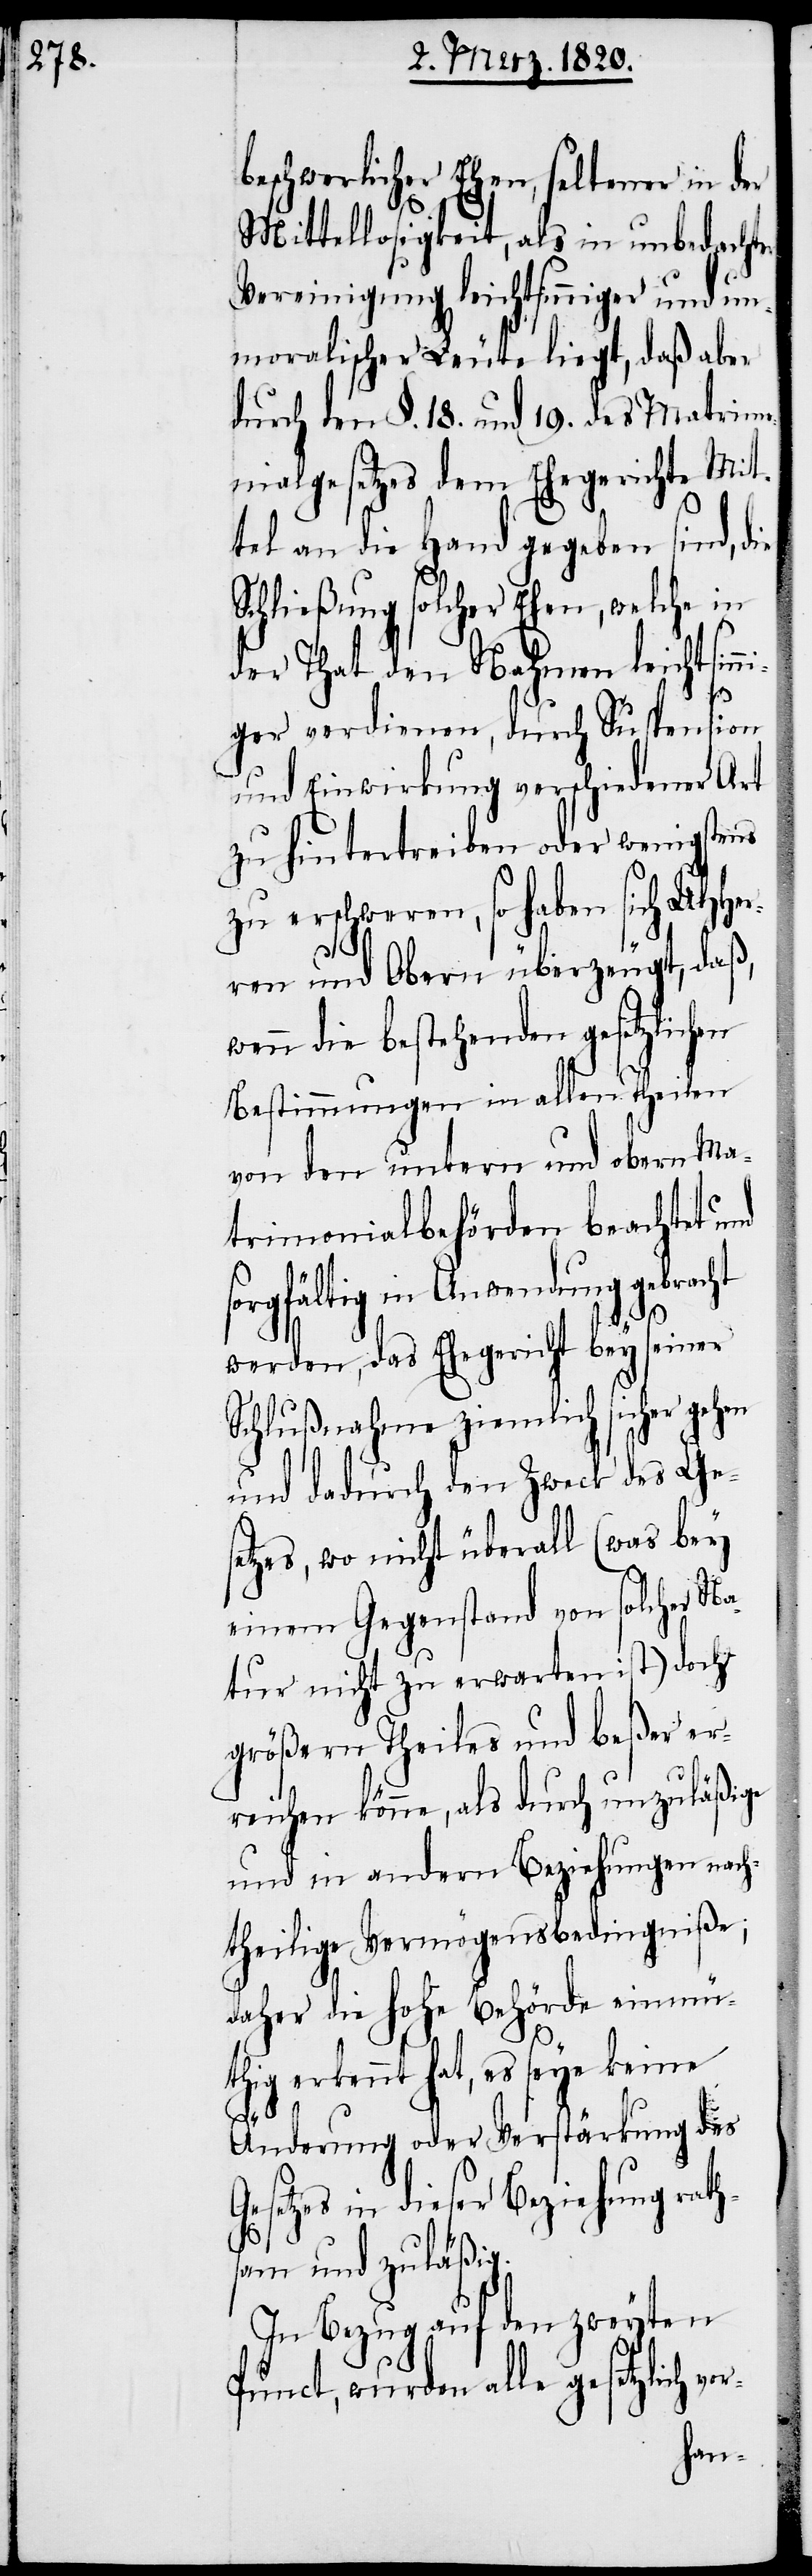
beschwerlicher Ehen, seltener in der
Her¬
Mittellosigkeit, als in unbedachter
Vereinigung leichtsinniger und un¬
moralischer Leute liegt, daß aber
durch den §. 18. und 19. des Matrim¬
onialgesetzes dem Ehegerichte Mit¬
tel an die Hand gegeben sind,
Schließung solcher Ehen, welche in
der That den Nahmen leichtsin¬
r-
ger verdienen, durch Suspension
und Einwirkung verschiedener Art
zu hintertreiben oder wenigstens
zu erschweren, so haben sich
ren und Obern überzeugt, daß,
wenn die bestehenden gesetzlichen
Bestimmungen in allen Theilen
von den untern und obern Ma¬
trimonialbehörden beachtet und
sorgfältig in Anwendung gebracht
die
werden, das Ehegericht bey seiner
Schlußnahme ziemlich sicher gehen
und dadurch den Zweck des Ges¬
etzes, wo nicht überall (was bey
einem Gegenstand von solcher Na¬
tur nicht zu erwarten ist) doch
größern Theiles und beßer er¬
reichen könne, als durch unzuläßige
und in andern Beziehungen nach¬
theilige Vermögensbedingniße;
daher die hohe Behörde einmü¬
thig erkennt hat, es seye keine
Änderung oder Verstärkung des
Gesetzes in dieser Beziehung rath¬
sam und zuläßig.
In Bezug auf den zweyten
Punct, wurden alle gesetzlich vo¬